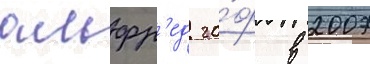
альфр'ед го́ф в 2007